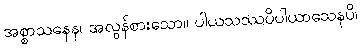
အစ္စာသနေန၊ အလွန်စားသော။ ပါယသဿပိပါယာသေနပိ၊